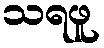
သရဖူ